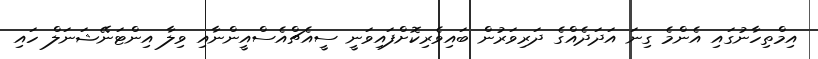
އިމްތިހާނުގައި އެންމެ ގިނަ އަދަދެއްގެ ދަރިވަރުން ބައިވެރިކޮށްފައިވަނީ ސީއެޗްއެސްއީންނާއި ވިލާ އިންޓަނޭޝަނަލް ހައި